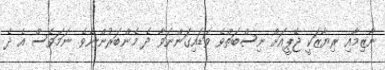
ނާޒިމާއި ރިޔާޒަކީ ޖޭޕީއަށް ނިސްބަތްވެ ވަޑައިގަންނަވާ ދެ މެންބަރުންނެވެ. ނަމަވެސް އެ ދެ